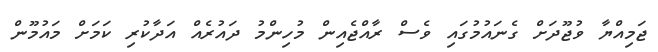
ޖަމިއްޔާ ވުޖޫދަށް ގެނައުމުގައި ވެސް ރާއްޖެއިން މުހިންމު ދައުރެއް އަދާކުރި ކަމަށް މައުމޫން